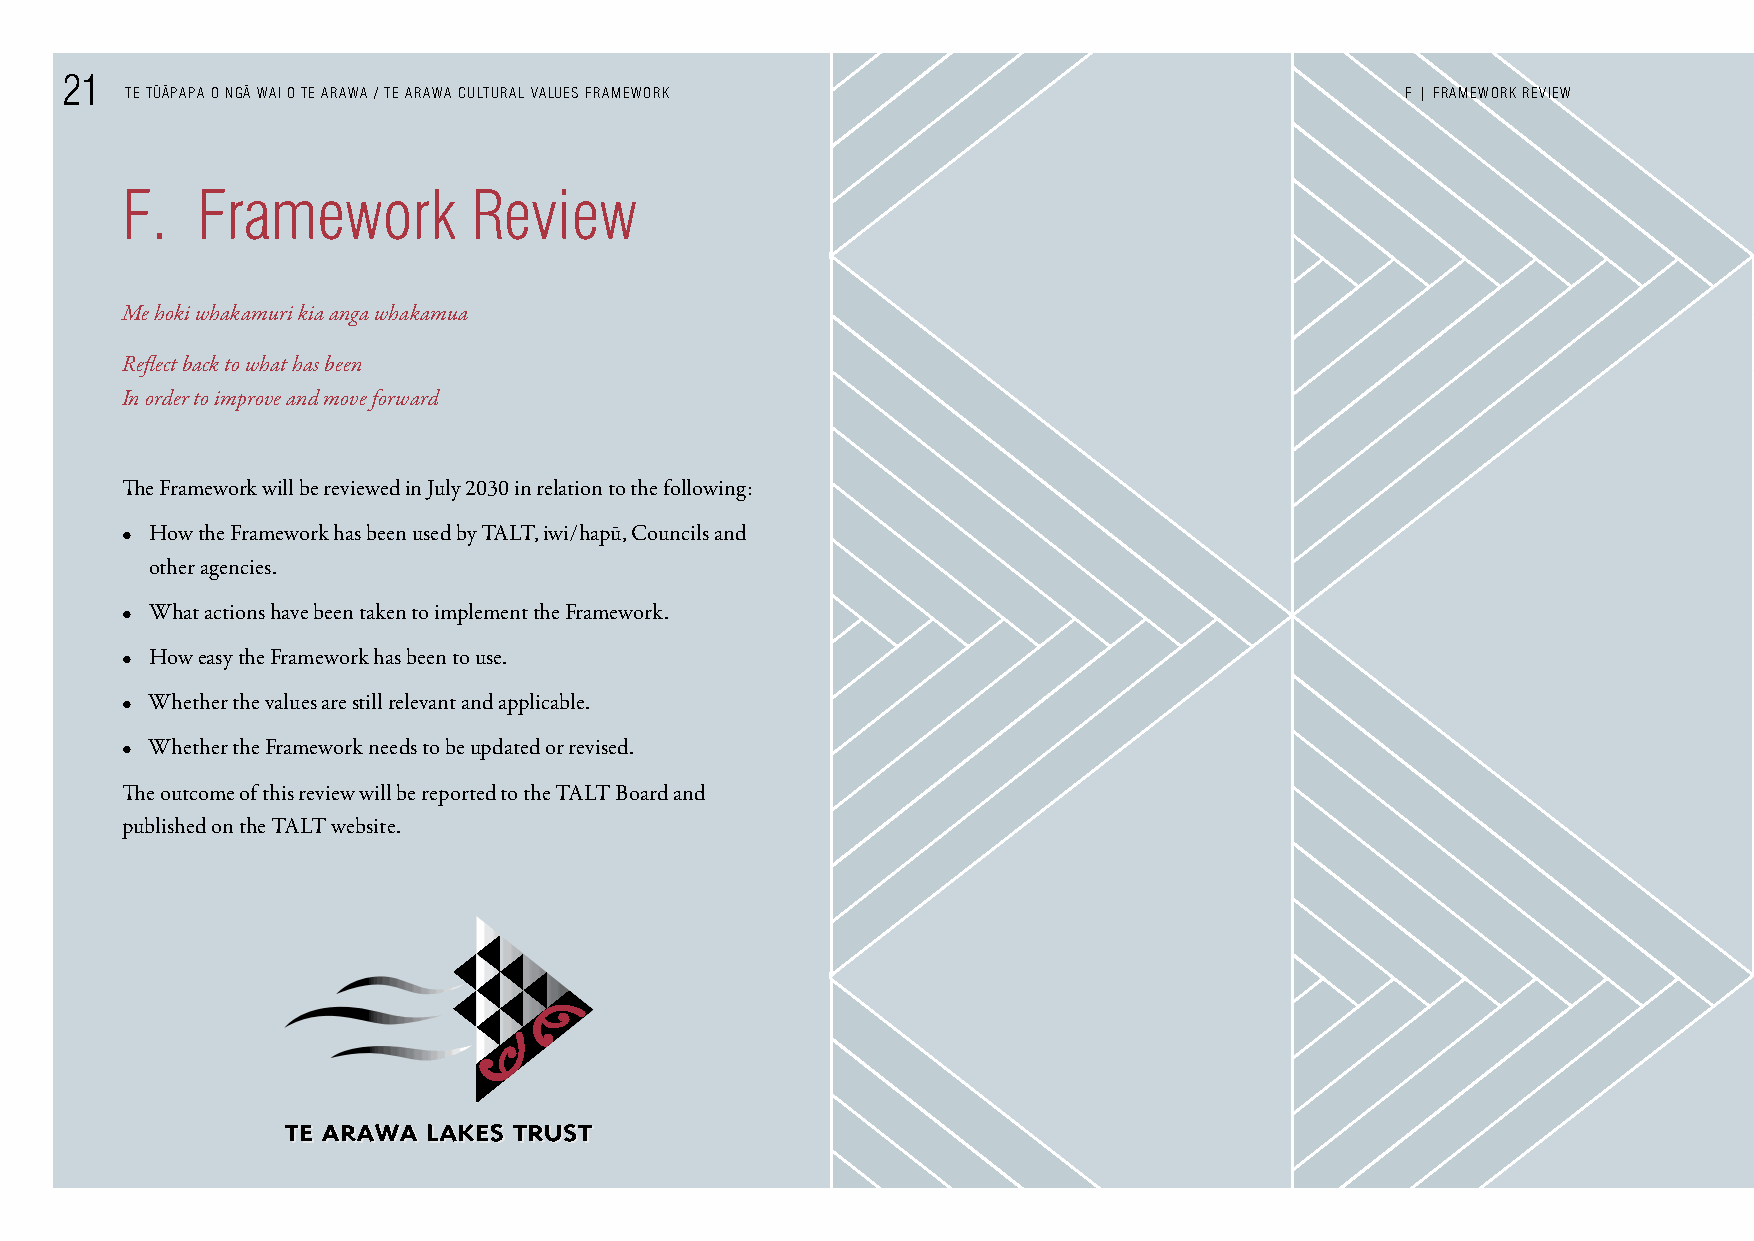
21    - -   -
 TE TUAPAPA O NGA WAI O TE ARAWA / TE ARAWA CULTURAL VALUES FRAMEWORK                 F | FRAMEWORK REVIEW
 F.   Framework         Review
 Me hoki whakamuri kia anga whakamua
 Reflect back to what has been
 In order to improve and move forward
 The Framework will be reviewed in July 2030 in relation to the following:
 • How the Framework has been used by TALT, iwi/hapū, Councils and
 other agencies.
 • What actions have been taken to implement the Framework.
 • How easy the Framework has been to use.
 • Whether the values are still relevant and applicable.
 • Whether the Framework needs to be updated or revised.
 The outcome of this review will be reported to the TALT Board and
 published on the TALT website.